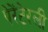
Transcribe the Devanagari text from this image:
पेरेंटेरली